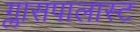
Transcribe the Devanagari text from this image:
ग्लासपालास्ट